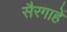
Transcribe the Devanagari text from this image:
सैरगाहें